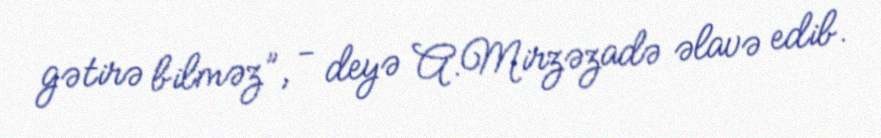
gətirə bilməz”, - deyə A.Mirzəzadə əlavə edib.